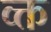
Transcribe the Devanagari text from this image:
व्क्त